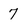
Character: 7